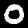
Digit: 0